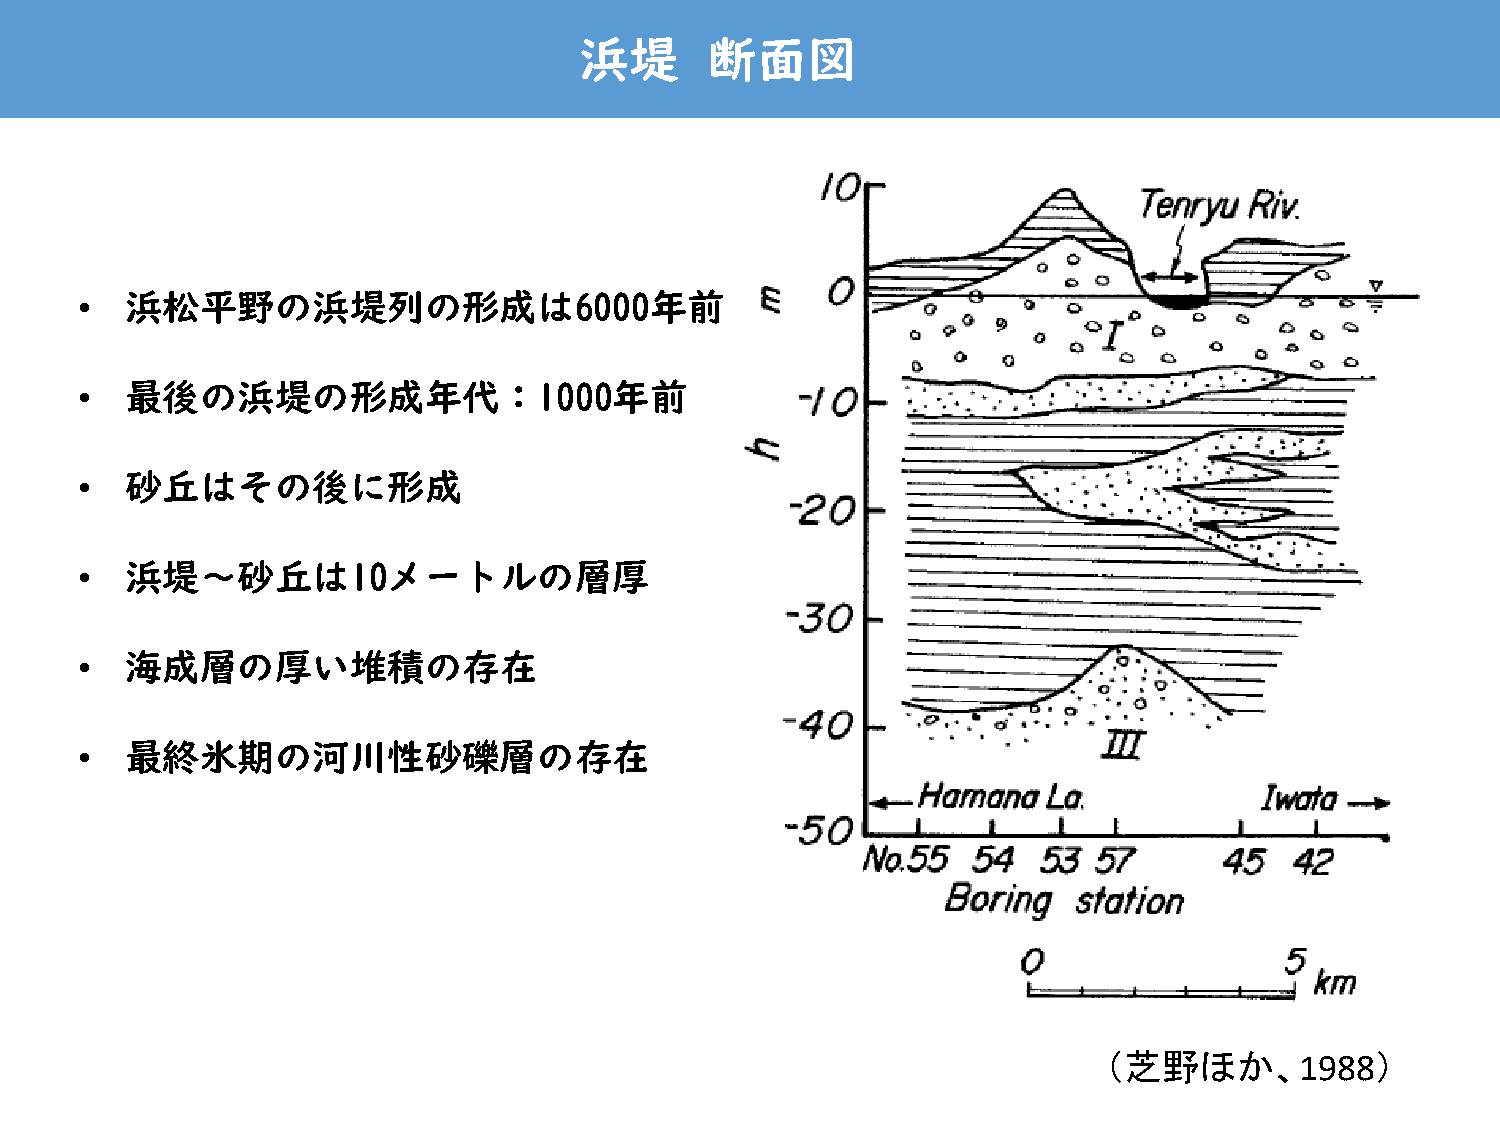
浜堤       断面図
 •  浜松平野の浜堤列の形成は6000年前
 •  最後の浜堤の形成年代：1000年前
 •  砂丘はその後に形成
 •  浜堤～砂丘は10メートルの層厚
 •  海成層の厚い堆積の存在
 •  最終氷期の河川性砂礫層の存在
 （芝野ほか、            ）
 1988